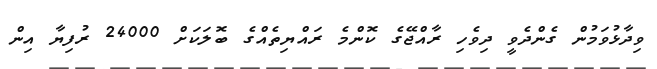
ވިދާޅުވަމުން ގެންދެވީ ދިވެހި ރާއްޖޭގެ ކޮންމެ ރައްޔިތެއްގެ ބޮލަކަށް 24000 ރުފިޔާ އިން